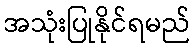
အသုံးပြုနိုင်ရမည်